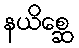
နယိစ္ဆေ